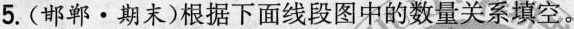
5.(邯郸\cdot 期末)根据下面线段图中的数量关系填空。